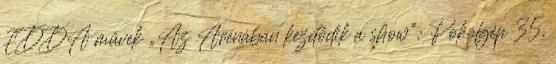
EDDA művek „Az Arénában kezdődik a show”: Pokolgép 35,